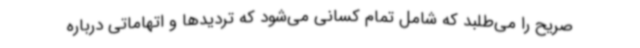
صریح را می‌طلبد که شامل تمام کسانی می‌شود که تردیدها و اتهاماتی درباره